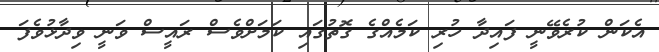
އެކަން ކުރެވޭނީ ފައިދާ ހުރި ކަމެއްގެ ގޮތުގައި ކަމަށްވެސް ރައީސް ވަނީ ވިދާޅުވެފަ